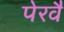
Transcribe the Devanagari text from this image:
पेरवै